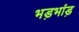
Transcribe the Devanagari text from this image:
भड़भांड़